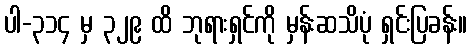
ပါ-၃၁၄ မှ ၃၂၉ ထိ ဘုရားရှင်ကို မှန်းဆသိပုံ ရှင်းပြခန်း။